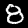
Digit: 8